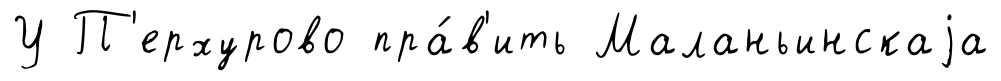
У П'ерхурово пра́в'ить Маланьинскаjа